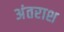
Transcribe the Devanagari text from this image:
अंतराश